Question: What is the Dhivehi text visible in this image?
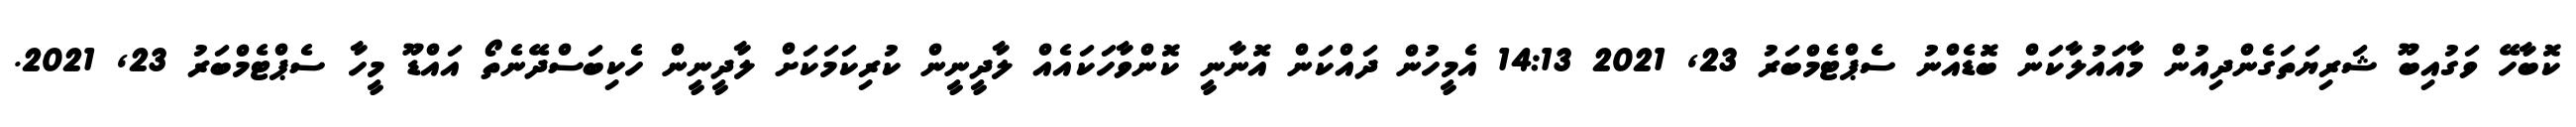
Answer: ކޮބާހޭ ވަގުއިބޫ ޝަރިޔަތަގެންދިއުން މާއައުލާކަން ބޮޑެއްނު ސެޕްޓެމްބަރު 23, 2021 14:13 އެމީހުން ދައްކަން އޮނާނީ ކޮންވާހަކައެއް ލާދީނީން ކުރިކަމަކަށް ލާދީނީން ހެކިބަސްދޭނެތޯ އައްޑޫ މީހާ ސެޕްޓެމްބަރު 23, 2021.